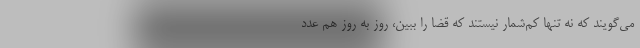
مي‌گويند كه نه تنها كم‌شمار نيستند كه قضا را ببين، روز به روز هم عدد